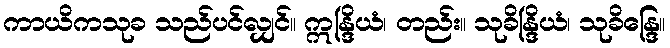
ကာယိကသုခ သည်ပင်လျှင်။ ဣန္ဒြိယံ၊ တည်း။ သုခိန္ဒြိယံ၊ သုခိန္ဒြေ။